65_HS1-834228961_62-HQ-83894_Section_3
Agency: FBI
Page 128
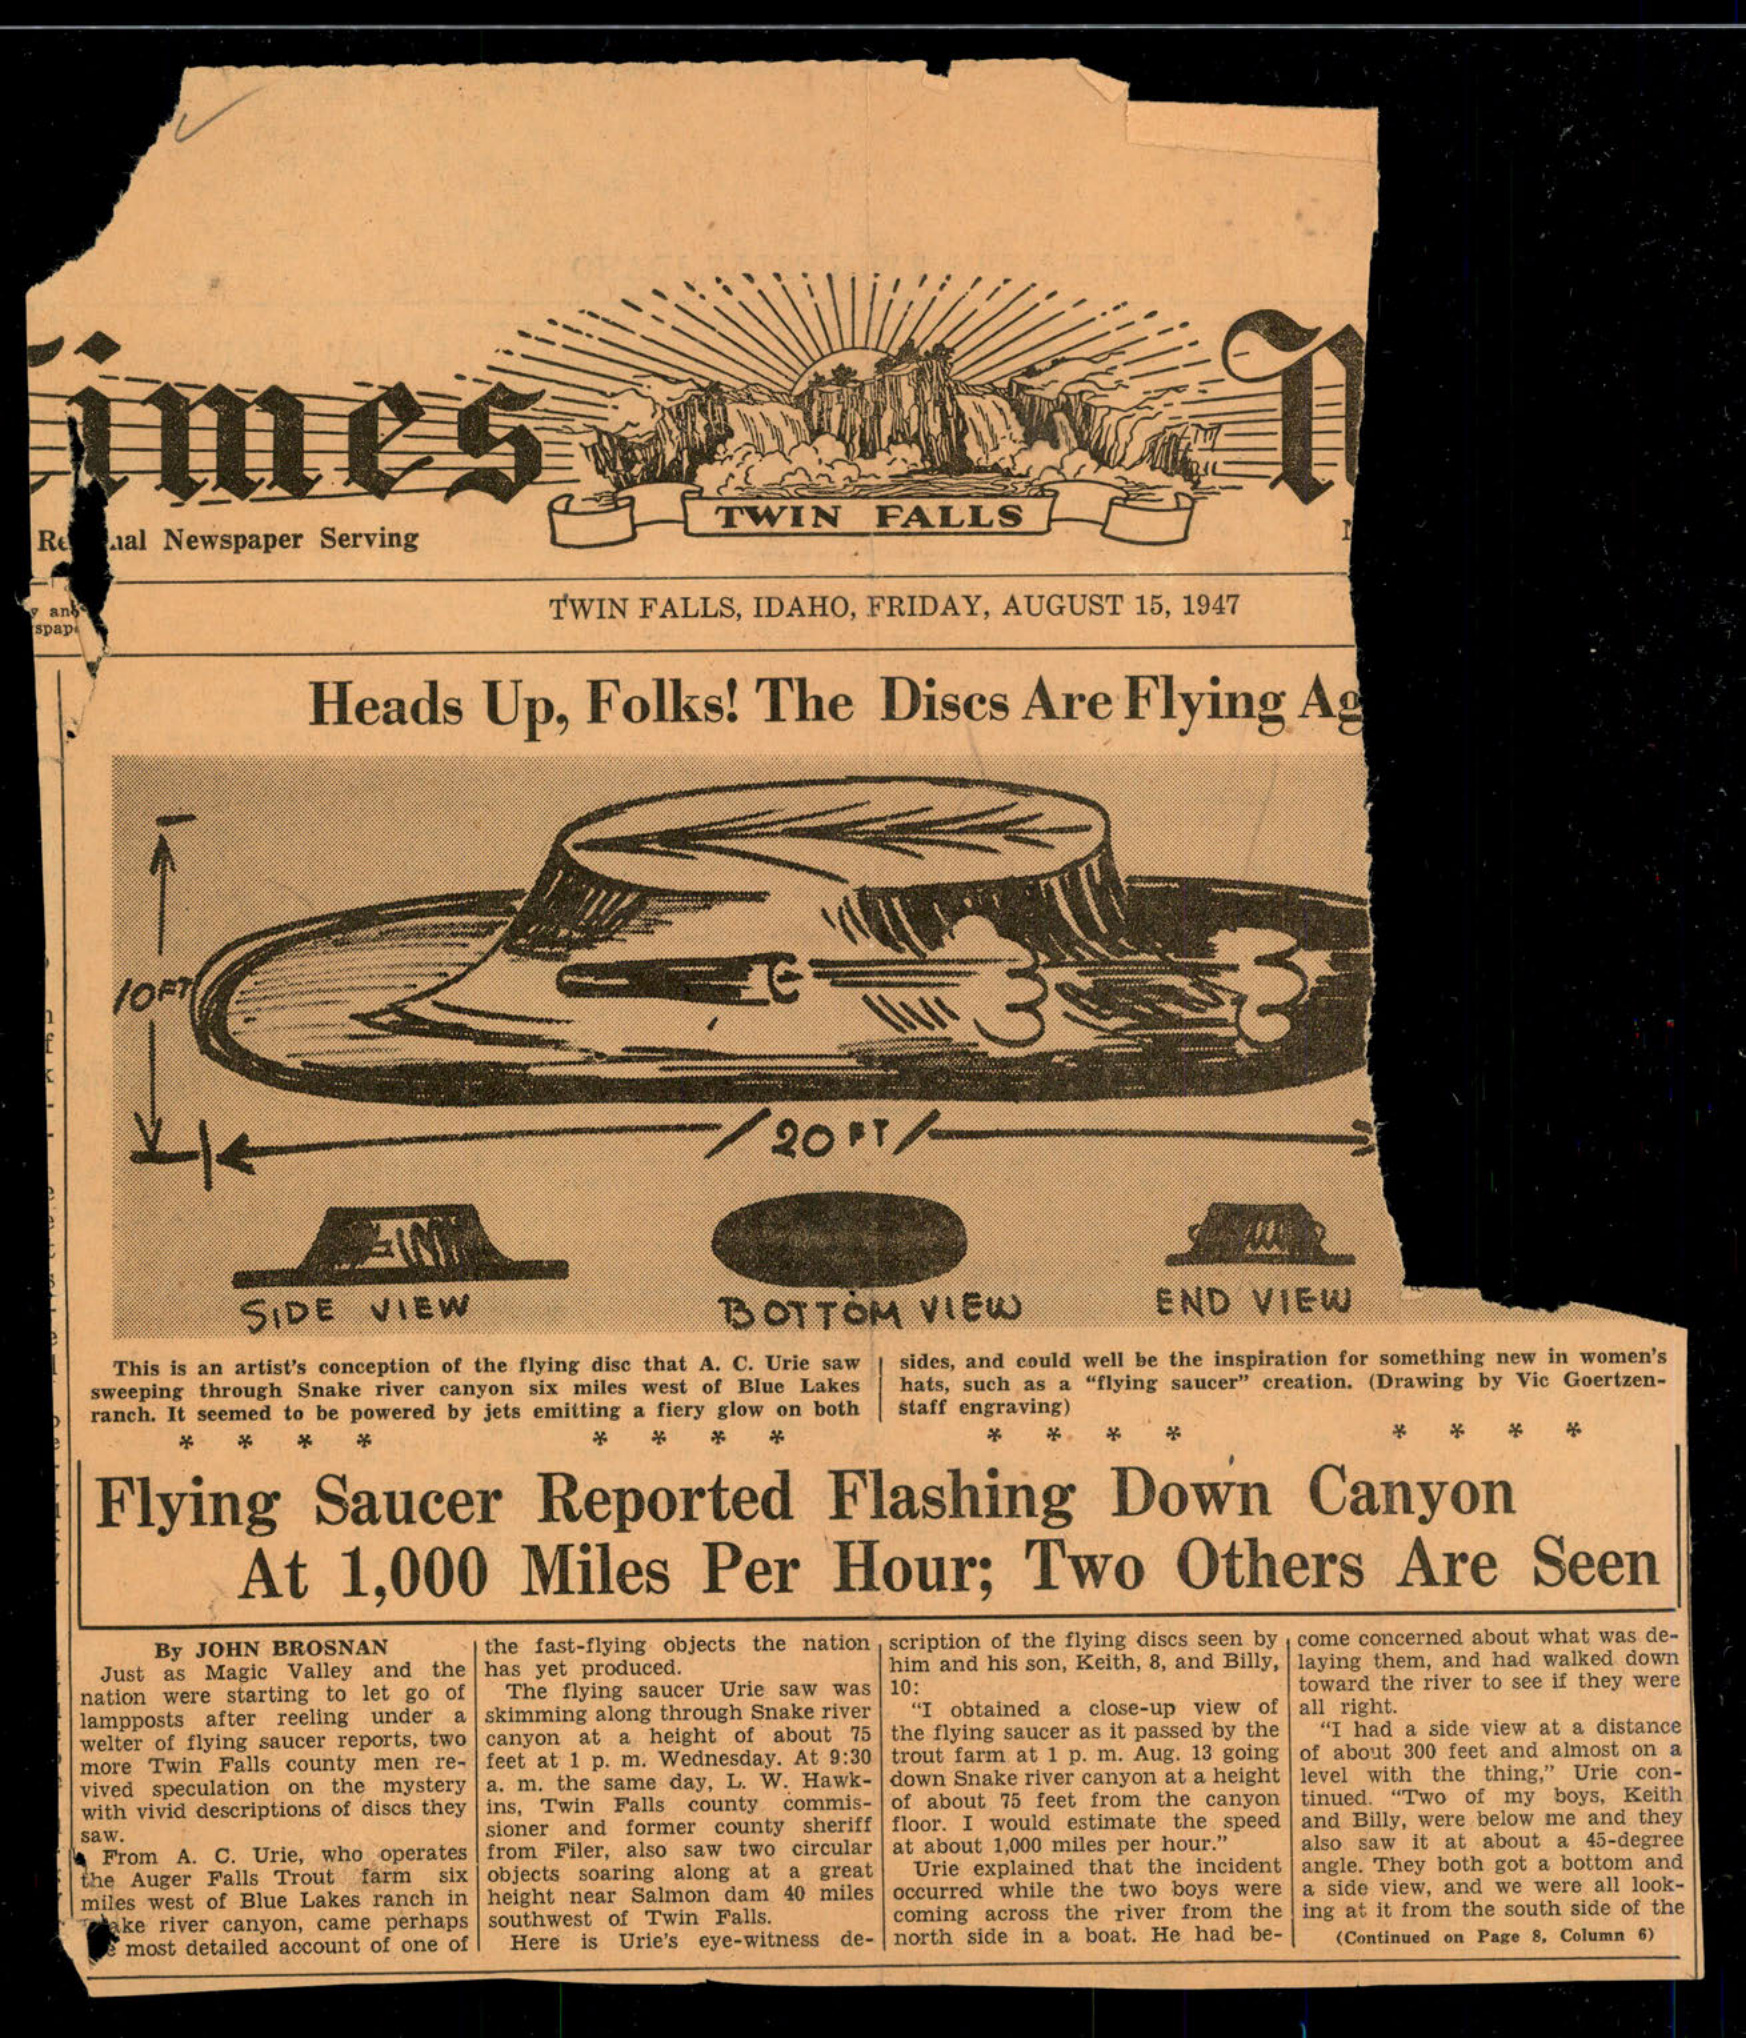